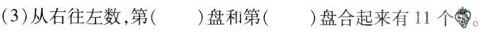
(3)从右往左数，第( )盘和第( )盘合起来有11个.